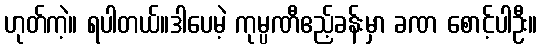
ဟုတ်ကဲ့။ ရပါတယ်။ဒါပေမဲ့ ကုမ္ပဏီဧည့်ခန်းမှာ ခဏ စောင့်ပါဦး။